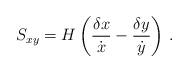
LaTeX: \begin{align*}S_{xy} = H \left( {\delta{x}\over \dot{x}} - {\delta{y}\over \dot{y}} \right) \, .\end{align*}